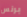
برنس